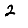
Digit: 2